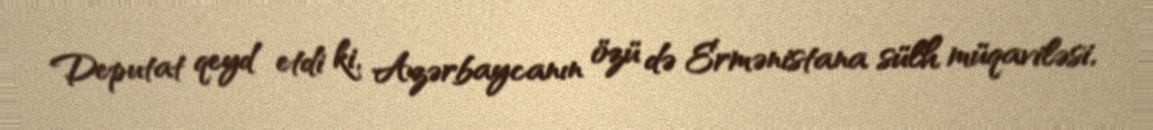
Deputat qeyd etdi ki, Azərbaycanın özü də Ermənistana sülh müqaviləsi,